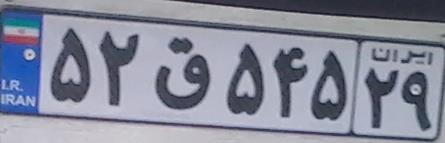
۵۲ق۵۴۵۲۹